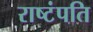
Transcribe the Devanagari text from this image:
राष्टंपति